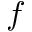
f